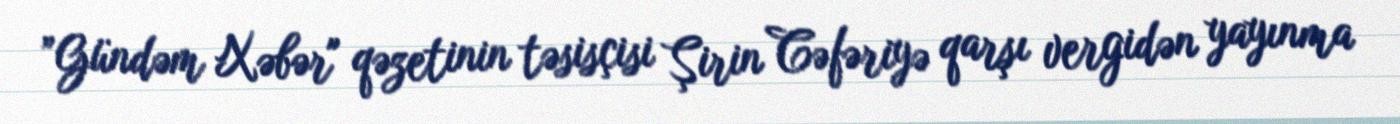
”Gündəm Xəbər" qəzetinin təsisçisi Şirin Cəfəriyə qarşı vergidən yayınma